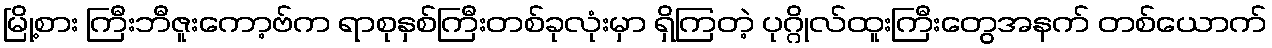
မြို့စား ကြီးဘီဇူးကော့ဗ်က ရာစုနှစ်ကြီးတစ်ခုလုံးမှာ ရှိကြတဲ့ ပုဂ္ဂိုလ်ထူးကြီးတွေအနက် တစ်ယောက်